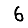
Digit: 6